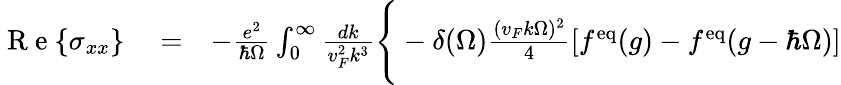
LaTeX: \begin{array}{rlr}{\mathrm{~R~e~}{\left\{ \sigma_{xx}\right\} }}&{{}=}&{-\frac{e^{2}}{\hbar\Omega}\int_{0}^{\infty}\frac{dk}{v_{F}^{2}k^{3}}\Bigg\{ -\delta(\Omega)\frac{(v_{F}k\Omega)^{2}}{4}\left[f^{\mathrm{eq}}(g)-f^{\mathrm{eq}}(g-\hbar\Omega)\right]}\end{array}